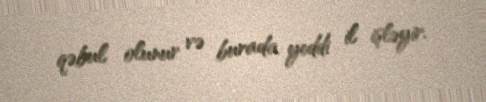
qəbul olunur və burada yeddi il işləyir.